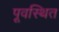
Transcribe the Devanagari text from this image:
पूवस्थित